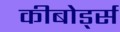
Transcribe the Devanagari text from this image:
कीबोर्ड्स